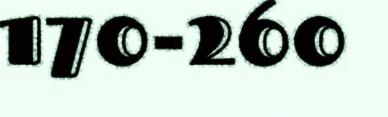
170-260